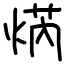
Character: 焫